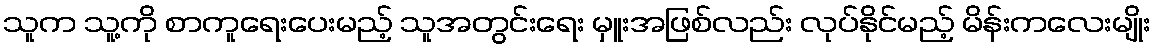
သူက သူ့ကို စာကူရေးပေးမည့် သူအတွင်းရေး မှူးအဖြစ်လည်း လုပ်နိုင်မည့် မိန်းကလေးမျိုး